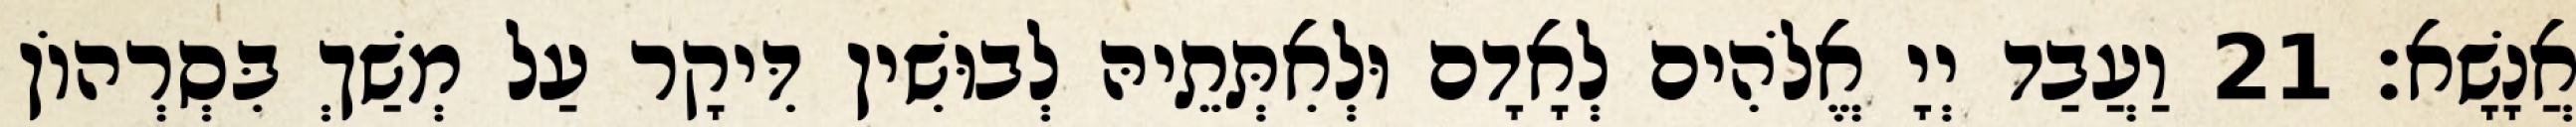
אֲנָשָׁא׃ 21 וַעֲבַד יְיָ אֱלֹהִים לְאָדָם וּלְאִתְּתֵיהּ לְבוּשִׁין דִּיקָר עַל מְשַׁךְ בִּסְרְהוֹן